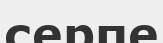
серпе